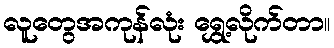
လူတွေအကုန်လုံး ရွှေ့လိုက်တာ။